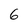
Character: 6